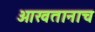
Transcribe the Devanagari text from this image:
आखतानाच